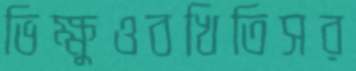
ভিক্ষুওবখিতিসর